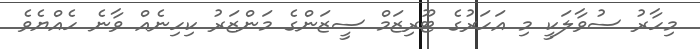
މިހާރު ސުވާލަކީ މި އަހަރުގެ ޓޫރިޒަމް ސީޒަންގެ މަންޒަރު ކިހިނެއް ވާނެ ހެއްޔެވެ